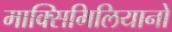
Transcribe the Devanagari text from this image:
माक्सिमिलियानो